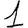
Digit: 1